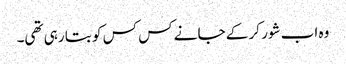
وہ اب شور کر کے جانے کس کس کو بتا رہی تھی۔